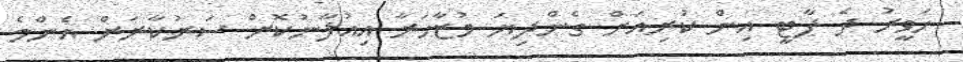
ހަވީރު ދެ ޕާޓީ އިން ކުރިއަށް ގެންދިޔަ މުޒާހަރާ އިއުލާނުކޮށް ސަރުކާރަށް އެންމެ